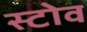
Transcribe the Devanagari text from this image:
स्‍टोव